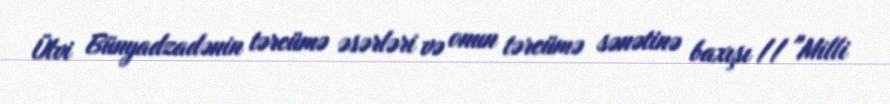
Ülvi Bünyadzadənin tərcümə əsərləri və onun tərcümə sənətinə baxışı // "Milli